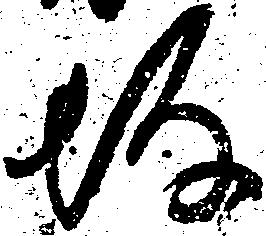
坂